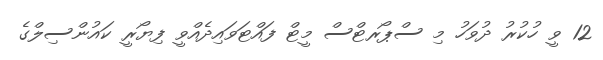
12 ވީ ހުކުރު ދުވަހު މި ސްޕޯރޓްސް މީޓް ފައްޓަވައިދެއްވީ ފިޔޯރީ ކައުންސިލްގެ